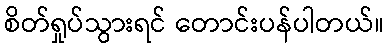
စိတ်ရှုပ်သွားရင် တောင်းပန်ပါတယ်။